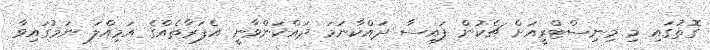
ގޮތުގައި މި މިނިސްޓްރީއަށް ޗެކުން ފައިސާ ދައްކާނަމަ ދައްކަންވާނީ އެފަރާތެއްގެ އަމިއްލަ ނަމުގައިވާ